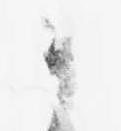
御